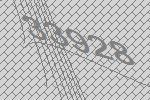
33928